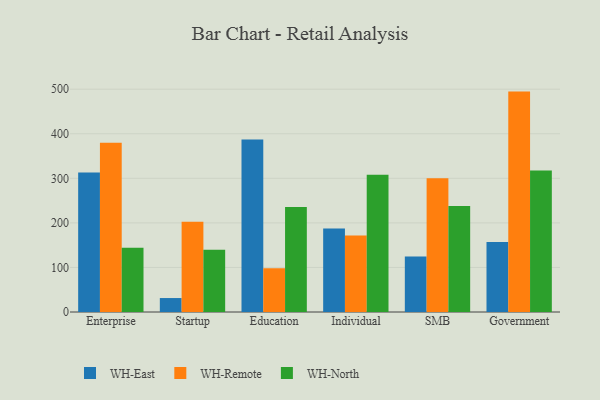
{"axis": {"x": "Segment", "y": "Conversion Rate (%)"}, "legend": ["WH-East", "WH-North", "WH-Remote"], "data": [{"x": "Enterprise", "y": 312.9, "type": "WH-East"}, {"x": "Enterprise", "y": 379.7, "type": "WH-Remote"}, {"x": "Enterprise", "y": 144.2, "type": "WH-North"}, {"x": "Startup", "y": 31.3, "type": "WH-East"}, {"x": "Startup", "y": 202.5, "type": "WH-Remote"}, {"x": "Startup", "y": 139.9, "type": "WH-North"}, {"x": "Education", "y": 387.0, "type": "WH-East"}, {"x": "Education", "y": 97.9, "type": "WH-Remote"}, {"x": "Education", "y": 235.5, "type": "WH-North"}, {"x": "Individual", "y": 187.2, "type": "WH-East"}, {"x": "Individual", "y": 171.6, "type": "WH-Remote"}, {"x": "Individual", "y": 307.9, "type": "WH-North"}, {"x": "SMB", "y": 124.7, "type": "WH-East"}, {"x": "SMB", "y": 300.2, "type": "WH-Remote"}, {"x": "SMB", "y": 238.1, "type": "WH-North"}, {"x": "Government", "y": 157.3, "type": "WH-East"}, {"x": "Government", "y": 494.6, "type": "WH-Remote"}, {"x": "Government", "y": 317.7, "type": "WH-North"}]}